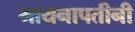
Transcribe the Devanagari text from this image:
मायनापतीनी